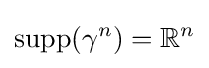
\operatorname {supp} (\gamma ^{n})=\mathbb {R} ^{n}